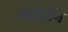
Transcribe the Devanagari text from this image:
मेरीझॅन